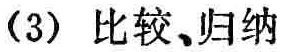
（3）比较、归纳